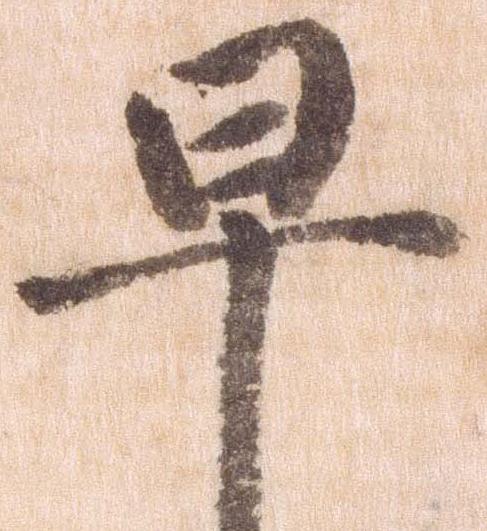
早